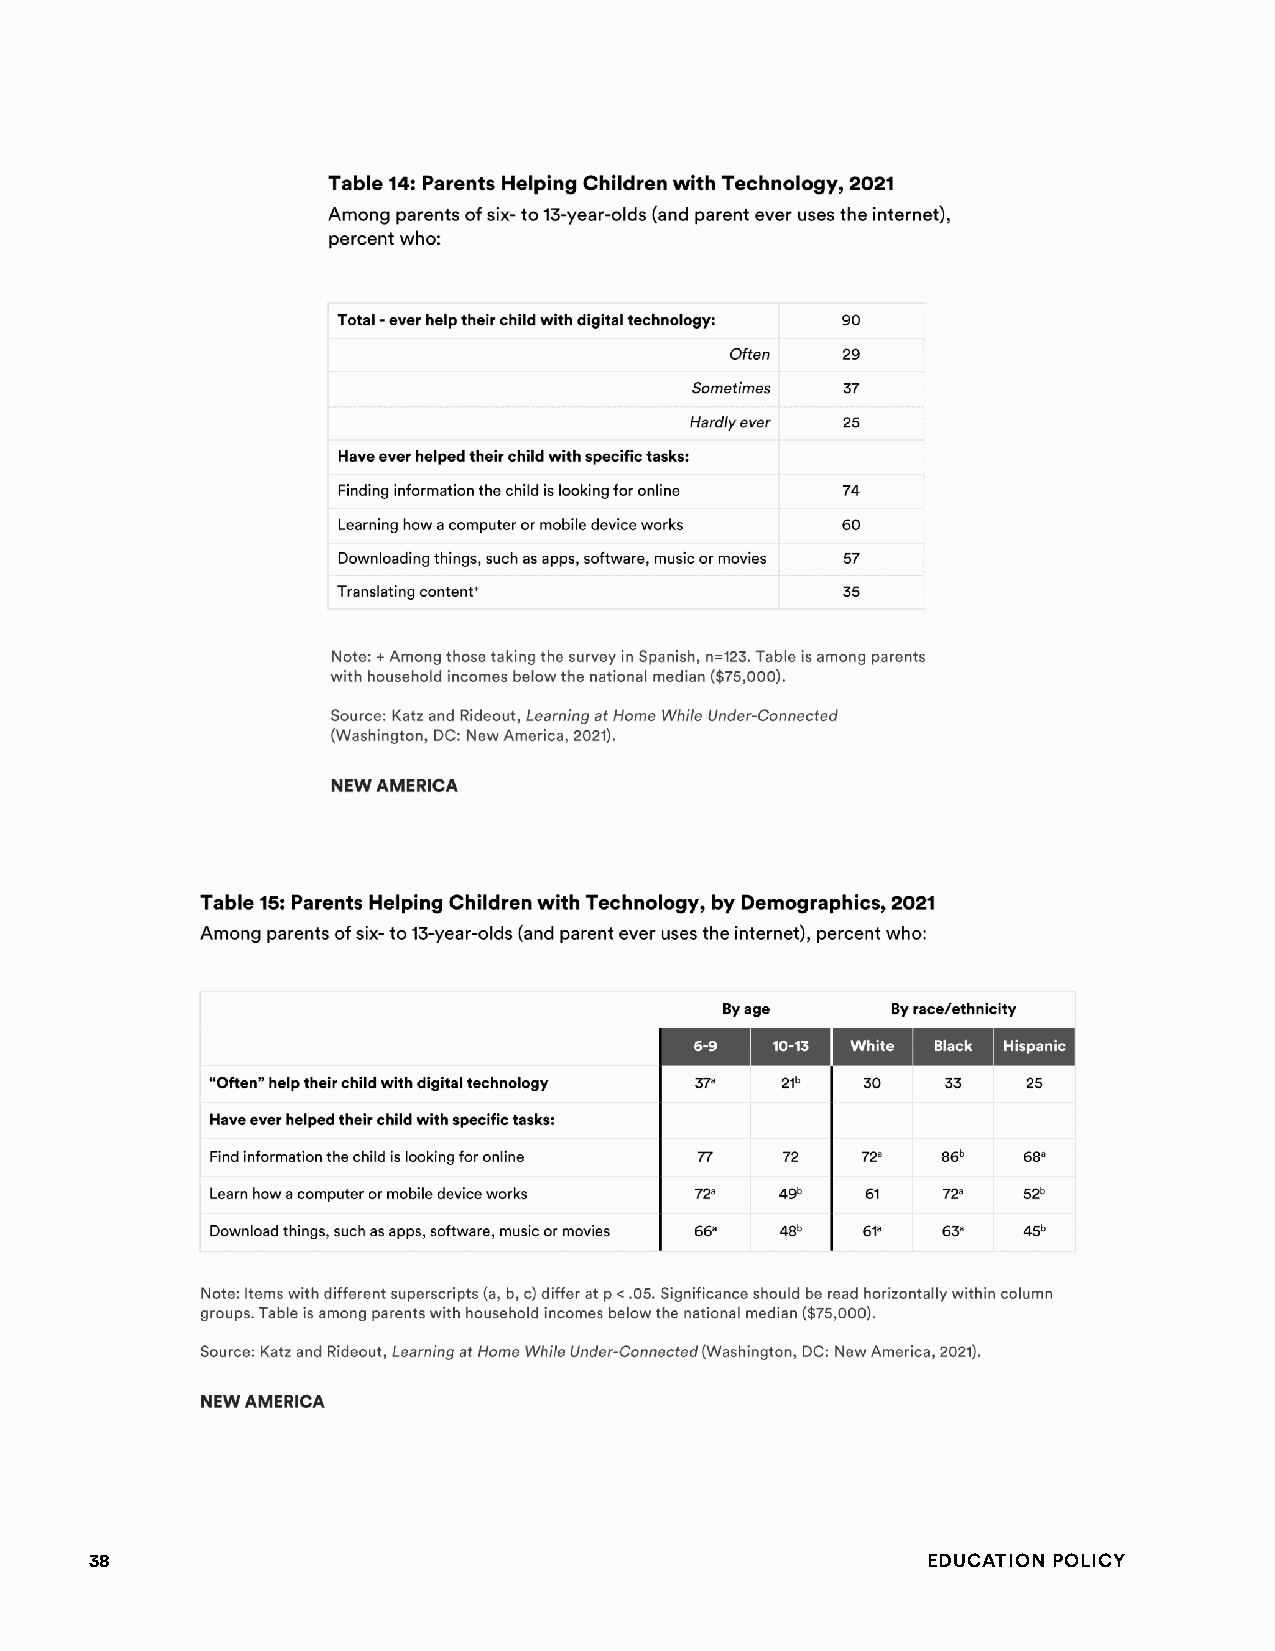
38                                                     Education Policy